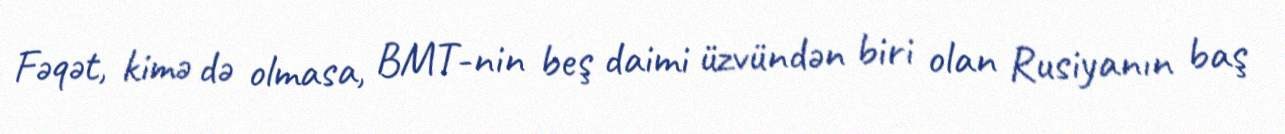
Fəqət, kimə də olmasa, BMT-nin beş daimi üzvündən biri olan Rusiyanın baş